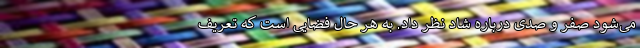
می‌شود صفر و صدی درباره شاد نظر داد. به هر حال فضایی است که تعریف